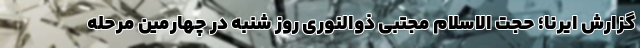
گزارش ایرنا؛ حجت الاسلام مجتبی ذوالنوری روز شنبه در چهارمین مرحله